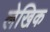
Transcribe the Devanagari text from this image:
लेखिक